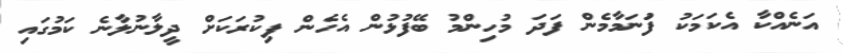
އަނެއްކާ އެކަމަކު ފުަނަމާމެން ފަދަ މުހިންމު ބޭފުޅުން އެހެން ފިކުރަކަށް ދީލާނުލާނެ ކަމުގައި